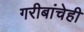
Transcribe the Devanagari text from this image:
गरीबांचेही